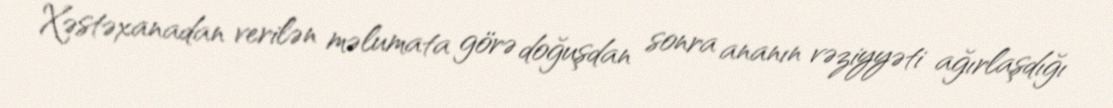
Xəstəxanadan verilən məlumata görə doğuşdan sonra ananın vəziyyəti ağırlaşdığı